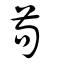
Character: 苟